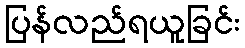
ပြန်လည်ရယူခြင်း